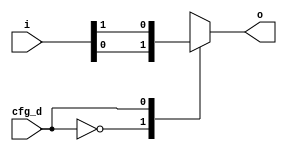
// Automatically generated by PRGA's RTL generator
module cfg_mux2 (
    input wire [1:0] i,
    output reg [0:0] o,
    input wire [0:0] cfg_d
    );

    always @* begin
        o = 1'b0;
        case (cfg_d)    // synopsys infer_mux
            1'd0: o = i[0];
            1'd1: o = i[1];
        endcase
    end

endmodule